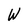
Character: W